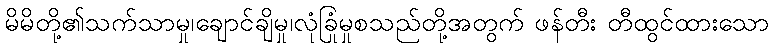
မိမိတို့၏သက်သာမှု၊ချောင်ချိမှု၊လုံခြုံမှုစသည်တို့အတွက် ဖန်တီး တီထွင်ထားသော